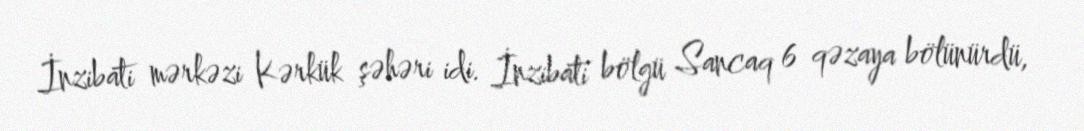
İnzibati mərkəzi Kərkük şəhəri idi. İnzibati bölgü Sancaq 6 qəzaya bölünürdü,